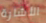
الأشارة